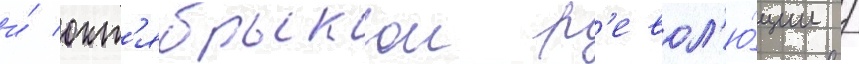
и́ окт'ябрьскои р'евол'ю́ции /